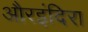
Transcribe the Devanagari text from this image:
औरइंदिरा